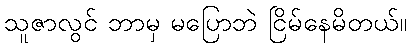
သူဇာလွင် ဘာမှ မပြောဘဲ ငြိမ်နေမိတယ်။